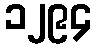
၁၂၉၄